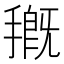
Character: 𭡰